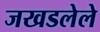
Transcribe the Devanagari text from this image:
जखडलेले